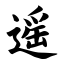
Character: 遥